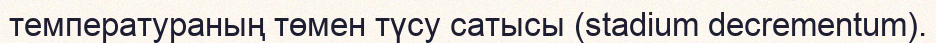
температураның төмен түсу сатысы (stadium decrementum).